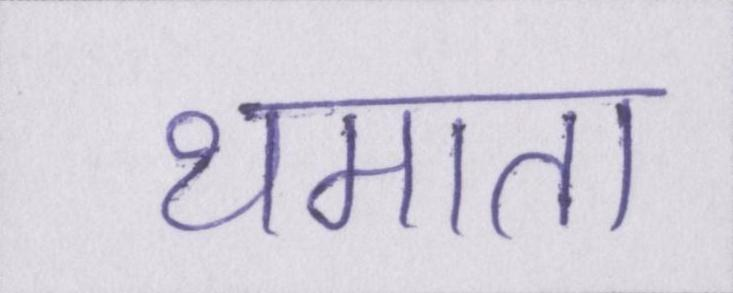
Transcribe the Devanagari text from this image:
थमाता